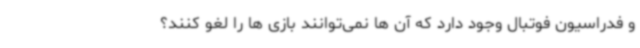
و فدراسیون فوتبال وجود دارد که آن ها نمی‌توانند بازی ها را لغو کنند؟